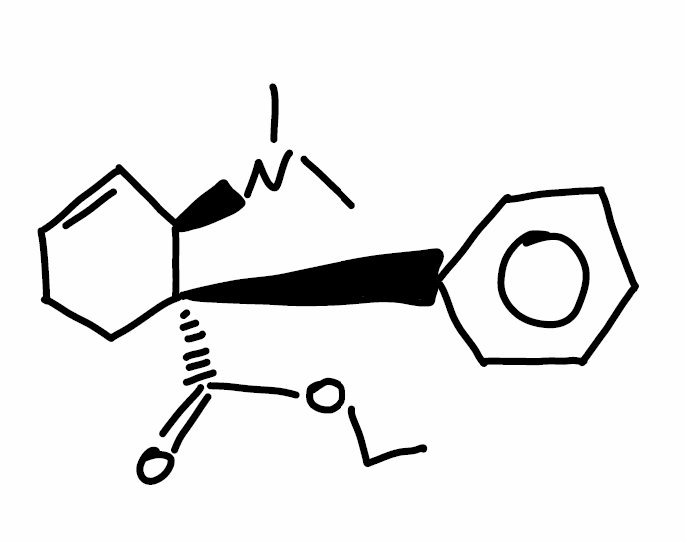
Simplified molecular-input line-entry system (SMILES) notation of the given molecule:
CCOC(=O)[C@@]1(CCC=C[C@H]1N(C)C)C2=CC=CC=C2